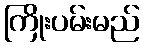
ကြိုးပမ်းမည်